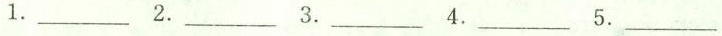
1.___ 2.___ 3.___ 4.___ 5.___